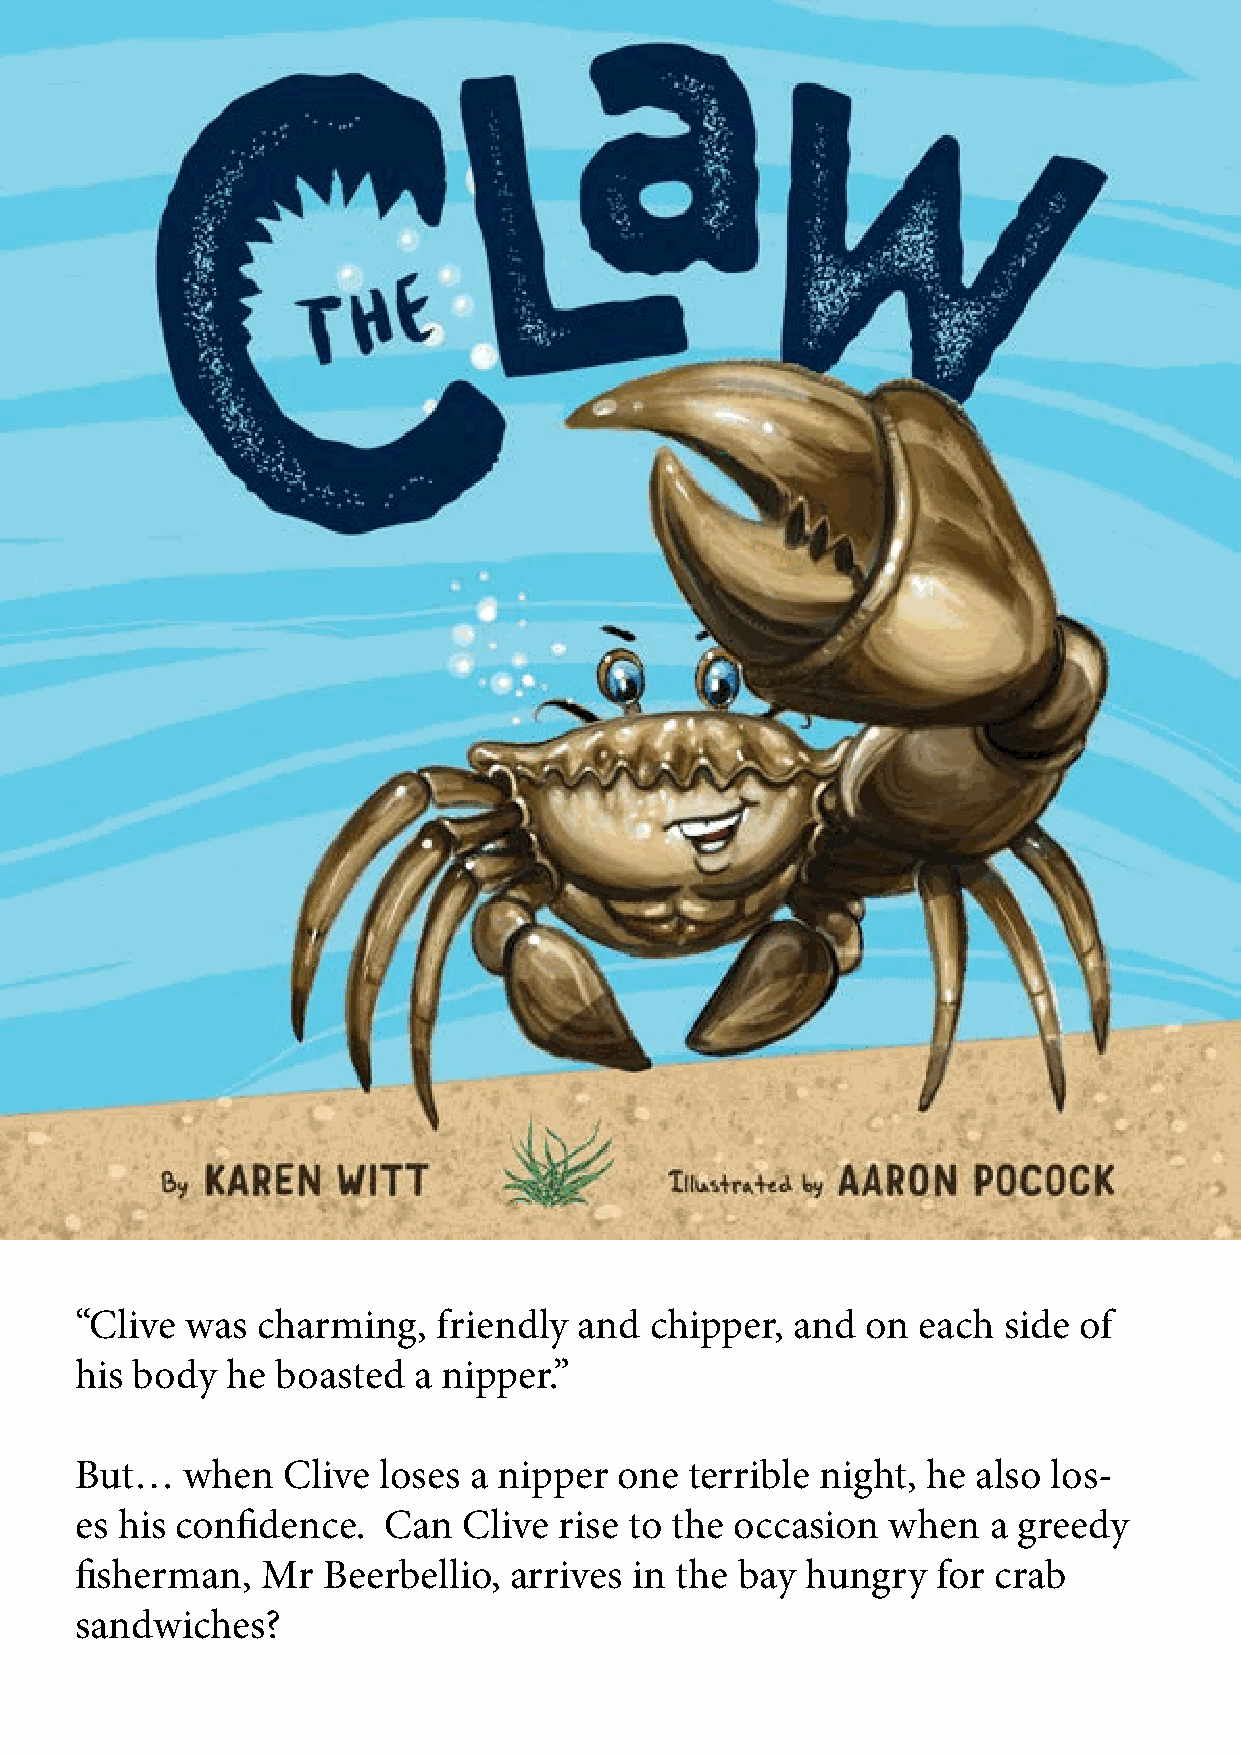
“Clive was  charming,   friendly and  chipper, and  on  each side of
 his body  he boasted  a nipper.”
 But…   when   Clive loses a nipper  one  terrible night, he also los-
 es his confidence.  Can   Clive rise to the occasion  when  a greedy
 fisherman,  Mr  Beerbellio,  arrives in the bay hungry   for crab
 sandwiches?